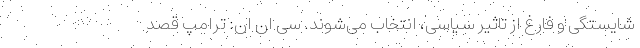
شایستگی و فارغ از تاثیر سیاسی، انتخاب می‌شوند. سی ان ان: ترامپ قصد